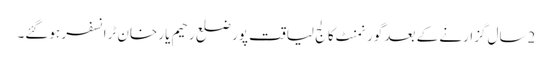
2سال گزارنے کے بعد گورنمنٹ کالج لیاقت پور ضلع رحیم یار خان ٹرانسفر ہوگئے۔